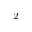
^ { 2 }